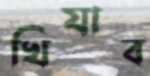
খিযাব